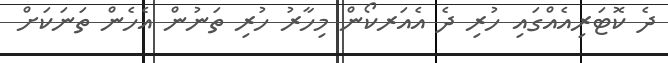
ދެ ކޮޓަރިއެއްގައި ހުރި ދެ އެއަރކޯން މިހާރު ހުރި ތަނުން އެހެން ތަނަކަށް